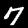
Digit: 7